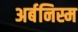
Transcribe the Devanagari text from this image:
अर्बनिस्म